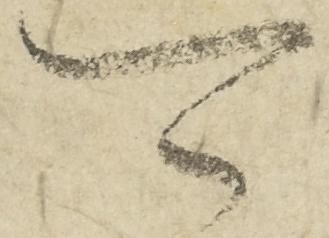
可